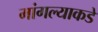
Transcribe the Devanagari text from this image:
मांगल्याकडे